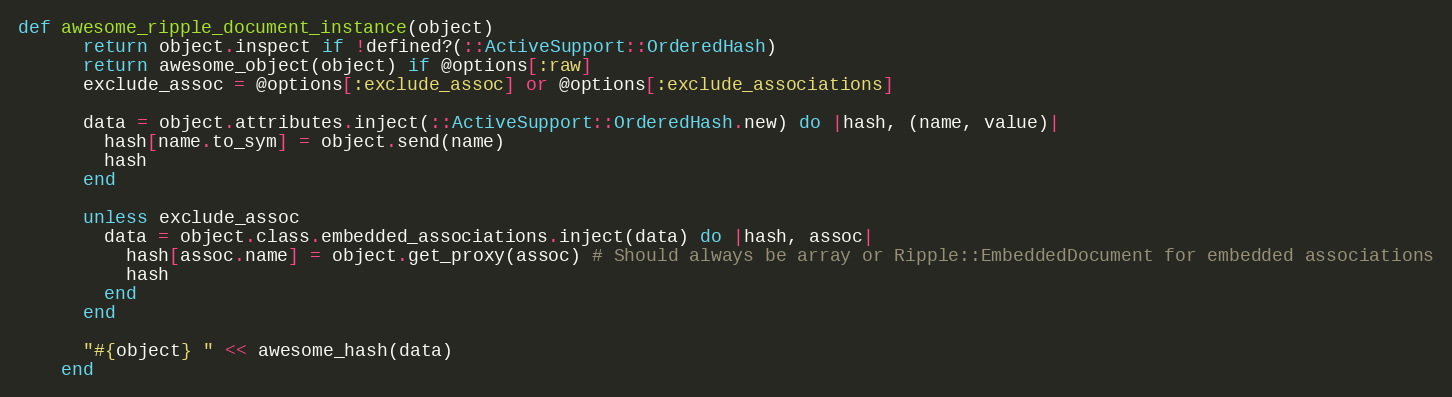
Language: Ruby
def awesome_ripple_document_instance(object)
      return object.inspect if !defined?(::ActiveSupport::OrderedHash)
      return awesome_object(object) if @options[:raw]
      exclude_assoc = @options[:exclude_assoc] or @options[:exclude_associations]

      data = object.attributes.inject(::ActiveSupport::OrderedHash.new) do |hash, (name, value)|
        hash[name.to_sym] = object.send(name)
        hash
      end

      unless exclude_assoc
        data = object.class.embedded_associations.inject(data) do |hash, assoc|
          hash[assoc.name] = object.get_proxy(assoc) # Should always be array or Ripple::EmbeddedDocument for embedded associations
          hash
        end
      end

      "#{object} " << awesome_hash(data)
    end